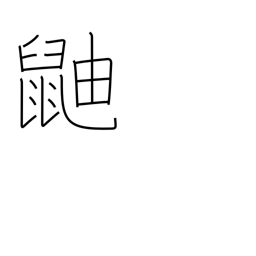
Meaning: skunk